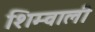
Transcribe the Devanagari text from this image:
शिम्वाली